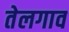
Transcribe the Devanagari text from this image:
तेलगाव